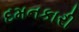
દમનકારી